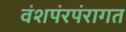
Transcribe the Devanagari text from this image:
वंशपंरपंरागत